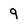
Character: 9